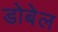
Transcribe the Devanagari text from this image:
डोबेल